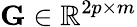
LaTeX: \mathbf{G}\in\mathbb{R}^{2p\times m}